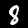
Label: 8